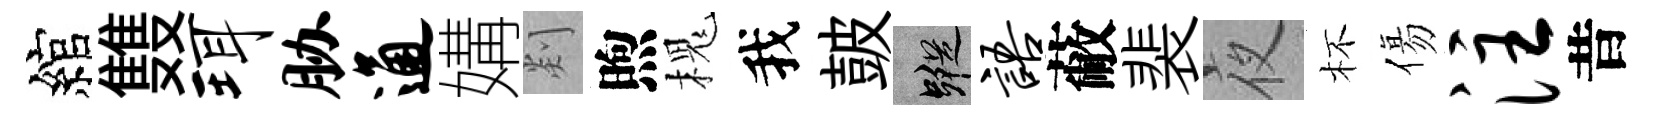
綰䨇珥胁通媾剡煦槐我皷蹤语蔽裴夜杯傷注昔